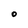
Character: O